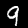
Label: 9